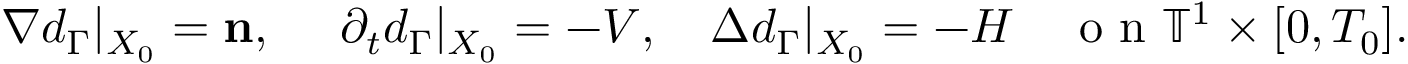
\nabla d _ { \Gamma } | _ { X _ { 0 } } = \mathbf { n } , ~ \quad \partial _ { t } d _ { \Gamma } | _ { X _ { 0 } } = - V , \quad \Delta d _ { \Gamma } | _ { X _ { 0 } } = - H \quad \mathrm { ~ o ~ n ~ } \ensuremath { \mathbb { T } } ^ { 1 } \times [ 0 , T _ { 0 } ] .